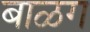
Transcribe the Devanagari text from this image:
बाळग